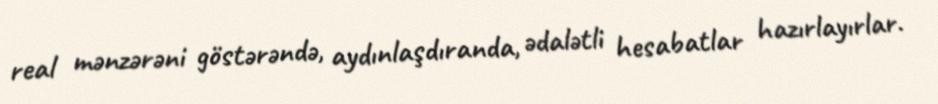
real mənzərəni göstərəndə, aydınlaşdıranda, ədalətli hesabatlar hazırlayırlar.